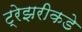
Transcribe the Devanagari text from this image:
ट्रेझरीकडे